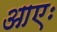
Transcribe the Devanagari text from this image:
आएः